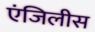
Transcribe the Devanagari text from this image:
एंजिलीस